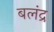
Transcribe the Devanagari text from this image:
बलंद्र